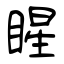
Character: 睲